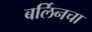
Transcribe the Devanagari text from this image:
बर्लिनचा